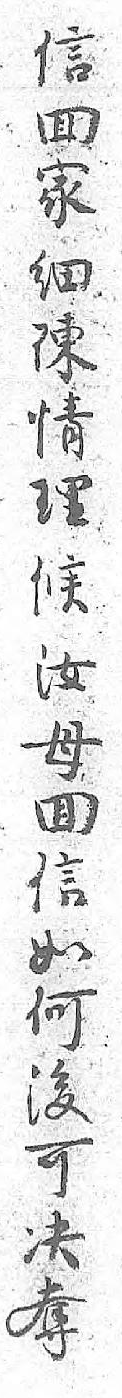
信囬家细陳情理候汝母囬信如何後可決奪